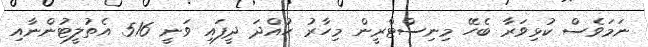
ނަމަވެސް ކުޅިވަރާ ބެހޭ މިނިސްޓްރީން މިހާރު ހުއްދަ ދީފައި ވަނީ 516 އެތުލީޓުންނާއި